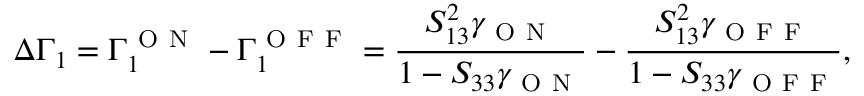
\Delta \Gamma _ { 1 } = \Gamma _ { 1 } ^ { \mathrm { ~ O ~ N ~ } } - \Gamma _ { 1 } ^ { \mathrm { ~ O ~ F ~ F ~ } } = \frac { S _ { 1 3 } ^ { 2 } \gamma _ { \mathrm { ~ O ~ N ~ } } } { 1 - S _ { 3 3 } \gamma _ { \mathrm { ~ O ~ N ~ } } } - \frac { S _ { 1 3 } ^ { 2 } \gamma _ { \mathrm { ~ O ~ F ~ F ~ } } } { 1 - S _ { 3 3 } \gamma _ { \mathrm { ~ O ~ F ~ F ~ } } } ,